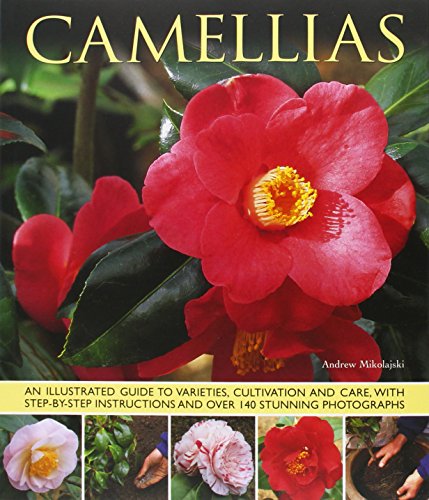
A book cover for Camellias: An Illustrated Guide To Varieties, Cultivation And Care, With Step-By-Step Instructions And Over 140 Beautiful Photographs; Andrew Mikolajski; Crafts, Hobbies & Home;